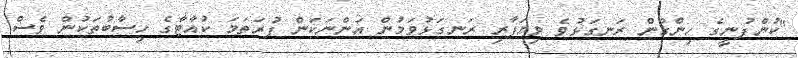
"ކުންފުނީގެ ހިންގުން ރަނގަޅުވެ ވިޔަފާރި ރަނގަޅުވަމުން އަންނަކަން ފުރަތަމަ ކުއާޓާގެ ހިސާބުތަކުން ވެސް